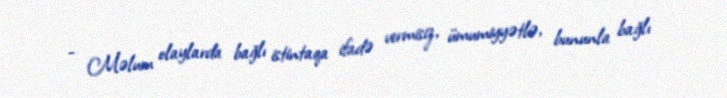
- Məlum olaylarda bağlı istintaqa ifadə vermisiz, ümumiyyətlə, bununla bağlı